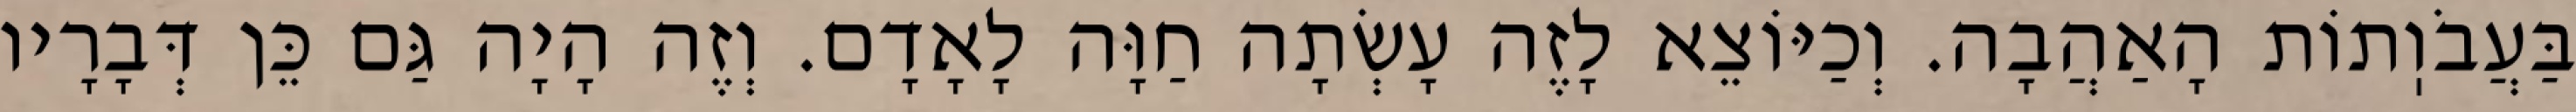
בַּעֲבֹוֽתוֹת הָאַהֲבָה. וְכַיּוֹצֵא לָזֶה עָשְׂתָה חַוָּה לָאָדָם. וְזֶה הָיָה גַּם כֵּן דְּבָרָיו